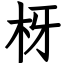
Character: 枒